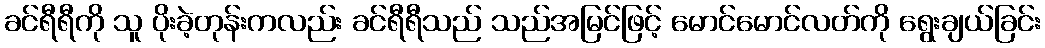
ခင်ရီရီကို သူ ပိုးခဲ့တုန်းကလည်း ခင်ရီရီသည် သည်အမြင်ဖြင့် မောင်မောင်လတ်ကို ရွေးချယ်ခြင်း